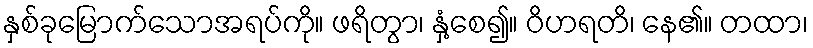
နှစ်ခုမြောက်သောအရပ်ကို။ ဖရိတွာ၊ နှံ့စေ၍။ ဝိဟရတိ၊ နေ၏။ တထာ၊